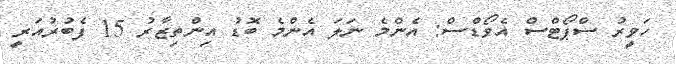
ހަވީރު ސްޕޯޓްސް އެވޯޑްސް: އެންމެ ނަލަ އެންމެ ބޮޑު އިންތިޒާރު 15 ފެބުރުއަރީ